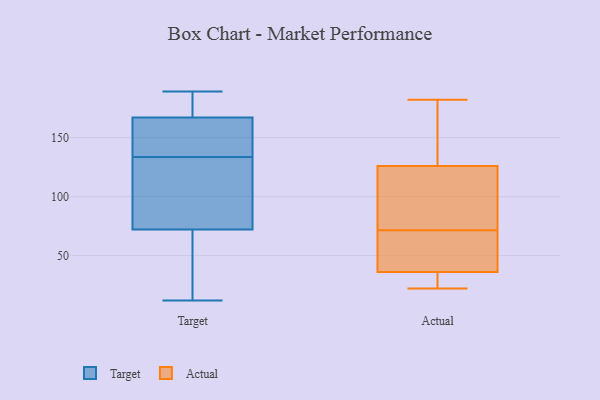
{"axis": {"x": "Humidity (%)", "y": "Value"}, "legend": ["Actual", "Target"], "data": [{"x": "", "y": 146, "type": "Target"}, {"x": "", "y": 131, "type": "Target"}, {"x": "", "y": 171, "type": "Target"}, {"x": "", "y": 189, "type": "Target"}, {"x": "", "y": 118, "type": "Target"}, {"x": "", "y": 181, "type": "Target"}, {"x": "", "y": 167, "type": "Target"}, {"x": "", "y": 136, "type": "Target"}, {"x": "", "y": 176, "type": "Target"}, {"x": "", "y": 72, "type": "Target"}, {"x": "", "y": 60, "type": "Target"}, {"x": "", "y": 12, "type": "Target"}, {"x": "", "y": 33, "type": "Target"}, {"x": "", "y": 94, "type": "Target"}, {"x": "", "y": 165, "type": "Target"}, {"x": "", "y": 151, "type": "Target"}, {"x": "", "y": 15, "type": "Target"}, {"x": "", "y": 102, "type": "Target"}, {"x": "", "y": 36, "type": "Actual"}, {"x": "", "y": 66, "type": "Actual"}, {"x": "", "y": 169, "type": "Actual"}, {"x": "", "y": 36, "type": "Actual"}, {"x": "", "y": 108, "type": "Actual"}, {"x": "", "y": 128, "type": "Actual"}, {"x": "", "y": 36, "type": "Actual"}, {"x": "", "y": 27, "type": "Actual"}, {"x": "", "y": 182, "type": "Actual"}, {"x": "", "y": 78, "type": "Actual"}, {"x": "", "y": 77, "type": "Actual"}, {"x": "", "y": 124, "type": "Actual"}, {"x": "", "y": 36, "type": "Actual"}, {"x": "", "y": 140, "type": "Actual"}, {"x": "", "y": 37, "type": "Actual"}, {"x": "", "y": 22, "type": "Actual"}]}